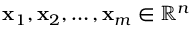
{ \bf { x } } _ { 1 } , { \bf { x } } _ { 2 } , \dots , { \bf { x } } _ { m } \in \mathbb { R } ^ { n }